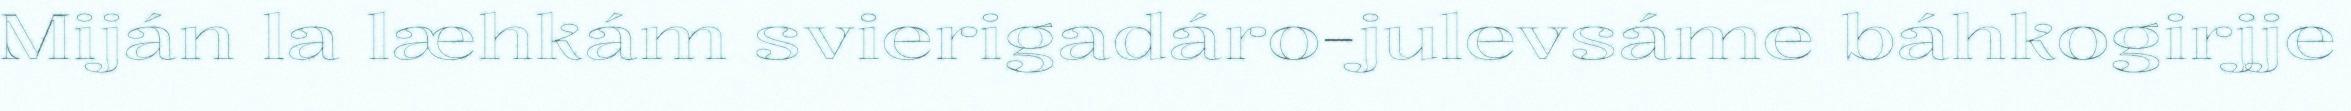
Miján la læhkám svierigadáro-julevsáme báhkogirjje